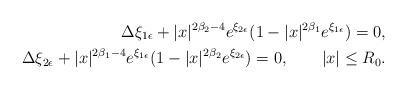
LaTeX: \begin{align*}\Delta \xi_{1\epsilon}+|x|^{2\beta_2-4}e^{\xi_{2\epsilon}}(1-|x|^{2\beta_1}e^{\xi_{1\epsilon}})=0,\\\Delta \xi_{2\epsilon}+|x|^{2\beta_1-4}e^{\xi_{1\epsilon}}(1-|x|^{2\beta_2}e^{\xi_{2\epsilon}})=0,\quad\quad |x|\leq R_0.\end{align*}